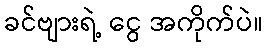
ခင်ဗျားရဲ့ ငွေ အကိုက်ပဲ။